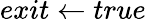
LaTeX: exit\gets true